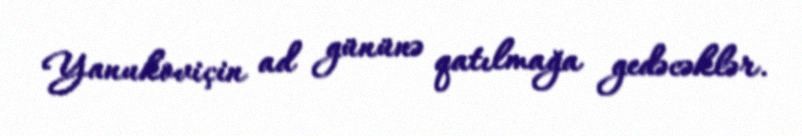
Yanukoviçin ad gününə qatılmağa gedəcəklər.